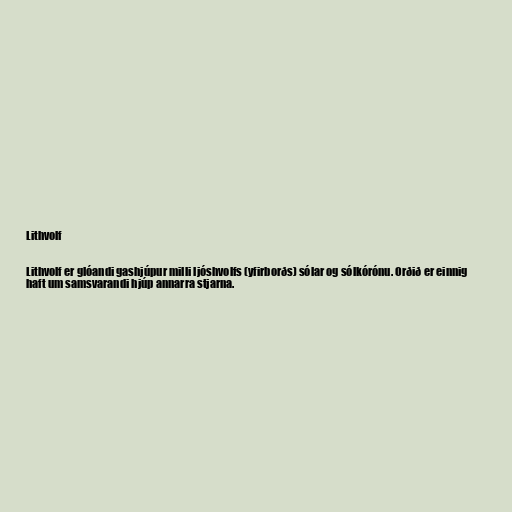
Lithvolf

Lithvolf er glóandi gashjúpur milli ljóshvolfs (yfirborðs) sólar og sólkórónu. Orðið er einnig
haft um samsvarandi hjúp annarra stjarna.